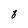
Character: 8